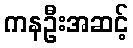
ကနဦးအဆင့်